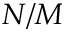
N / M